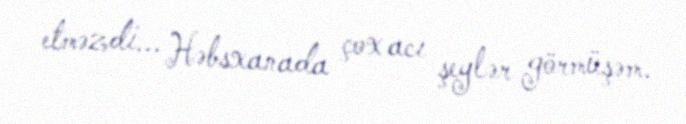
etməzdi... Həbsxanada çox acı şeylər görmüşəm.